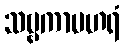
သဗ္ဗကာမဟရံ